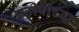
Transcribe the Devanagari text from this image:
एटीपीच्या